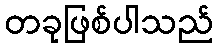
တခုဖြစ်ပါသည်